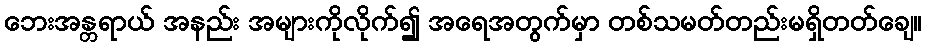
ဘေးအန္တရာယ် အနည်း အများကိုလိုက်၍ အရေအတွက်မှာ တစ်သမတ်တည်းမရှိတတ်ချေ။